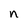
Character: n